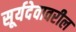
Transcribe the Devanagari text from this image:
सूर्यदेवावरील